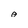
Character: A